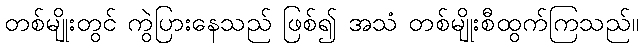
တစ်မျိုးတွင် ကွဲပြားနေသည် ဖြစ်၍ အသံ တစ်မျိုးစီထွက်ကြသည်။